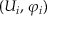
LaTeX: ( U _ { i } , \, \varphi _ { i } )